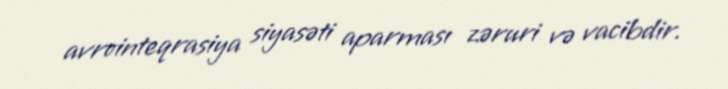
avrointeqrasiya siyasəti aparması zəruri və vacibdir.